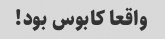
واقعا کابوس بود!